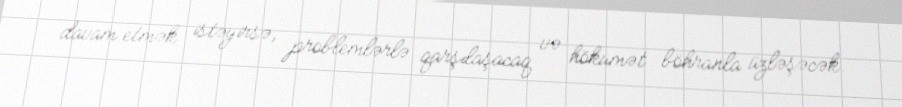
davam etmək istəyirsə, problemlərlə qarşılaşacaq və hökumət böhranla üzləşəcək.